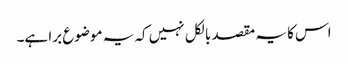
اس کا یہ مقصد بالکل نہیں کہ یہ موضوع برا ہے۔